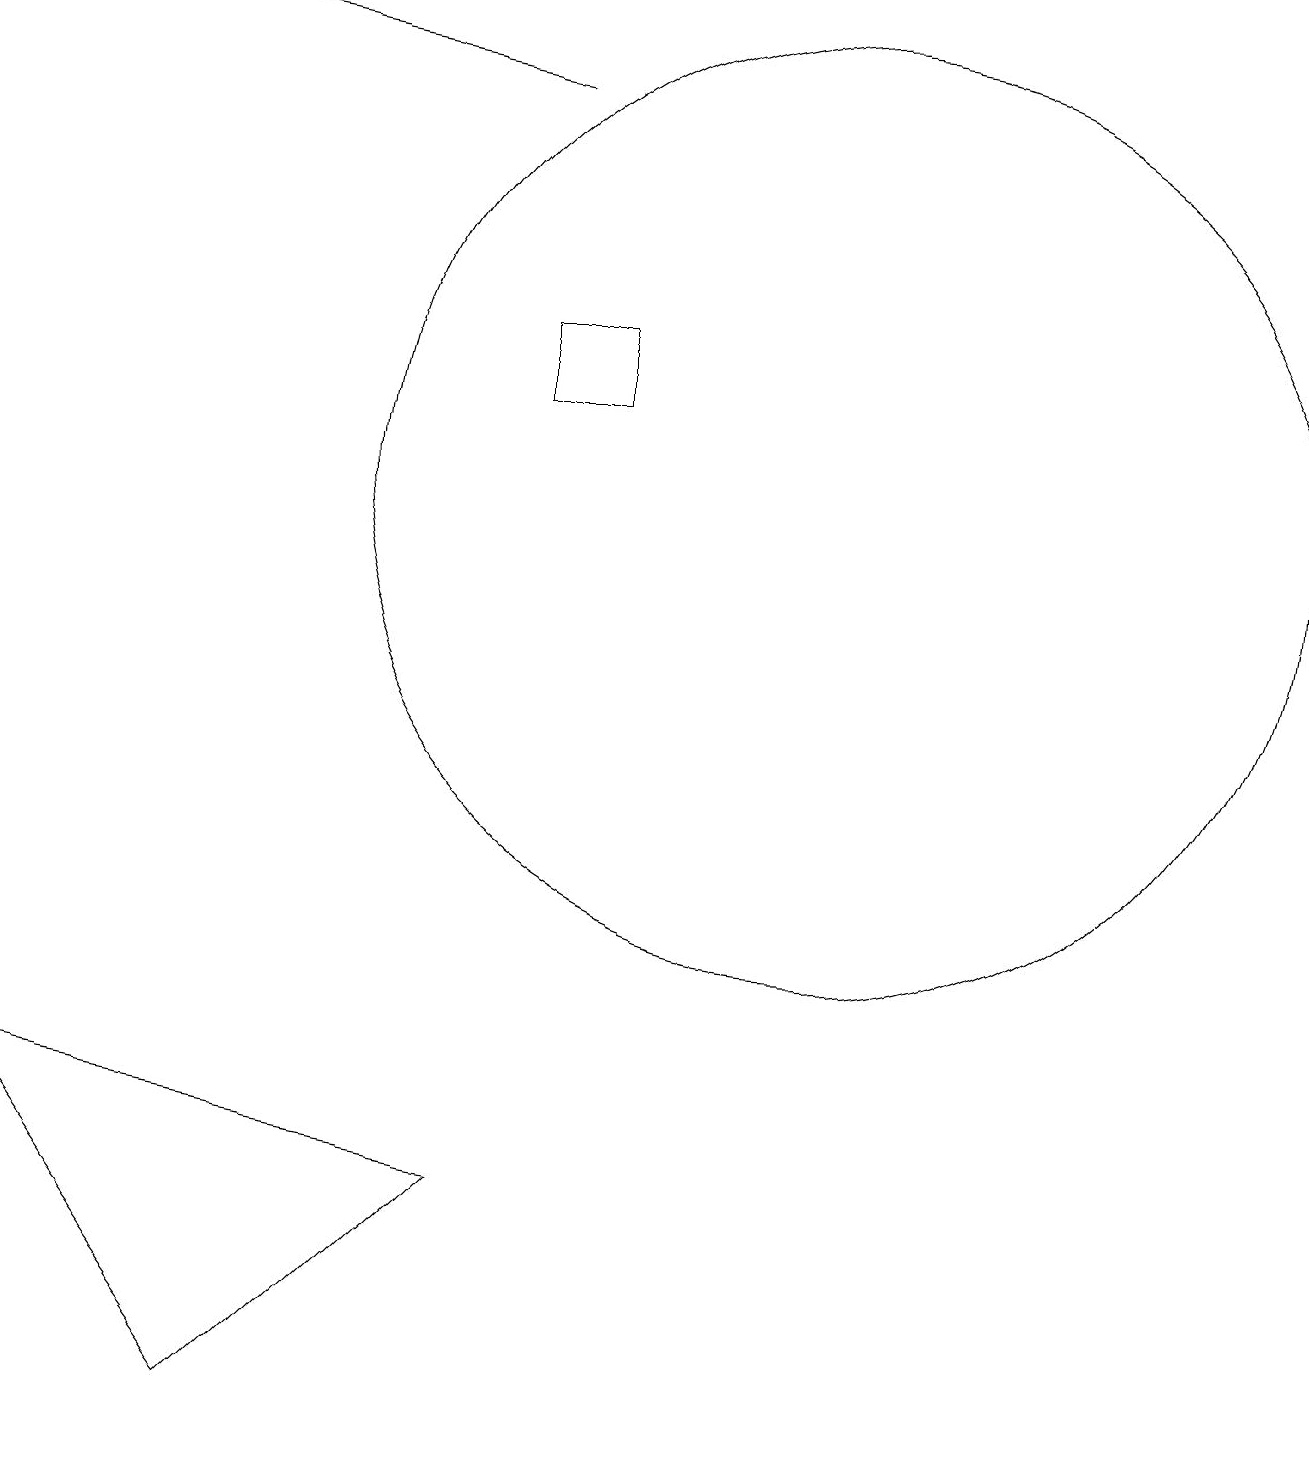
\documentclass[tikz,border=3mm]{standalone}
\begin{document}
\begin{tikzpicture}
\draw (6,13) rectangle (7,14);
\draw (10,12) circle (6);
\draw[->] (6,17) -- (0,18);
\draw (6,3) -- (3,0) -- (0,4) -- cycle;
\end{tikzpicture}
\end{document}